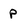
Character: p